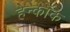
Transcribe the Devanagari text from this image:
हेन्कॉक